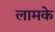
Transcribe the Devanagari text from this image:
लामके